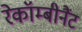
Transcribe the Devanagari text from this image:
रेकॉम्बीनैंट